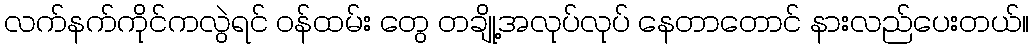
လက်နက်ကိုင်ကလွဲရင် ဝန်ထမ်း တွေ တချို့အလုပ်လုပ် နေတာတောင် နားလည်ပေးတယ်။